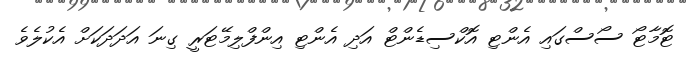
ޓޮމާޓޯ ސޯސްގައި އެންޓި އޮކްސިޑެންޓް އަދި އެންޓި އިންފްލިމޭޓަރީ ގިނަ އަދަދަކަށް އެކުލެވެ